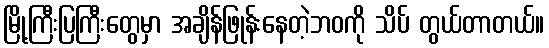
မြို့ကြီးပြကြီးတွေမှာ အချိန်ဖြုန်းနေတဲ့ဘဝကို သိပ် တွယ်တာတယ်။